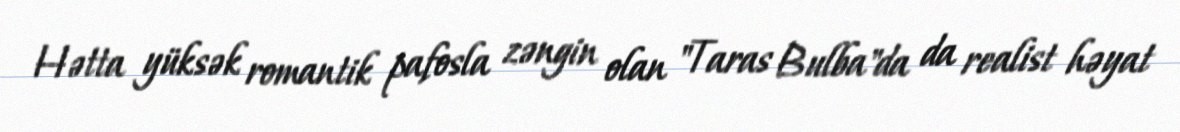
Hətta yüksək romantik pafosla zəngin olan "Taras Bulba"da da realist həyat